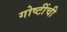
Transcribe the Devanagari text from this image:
गोष्‍टींची